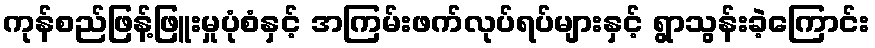
ကုန်စည်ဖြန့်ဖြူးမှုပုံစံနှင့် အကြမ်းဖက်လုပ်ရပ်များနှင့် ရွာသွန်းခဲ့ကြောင်း